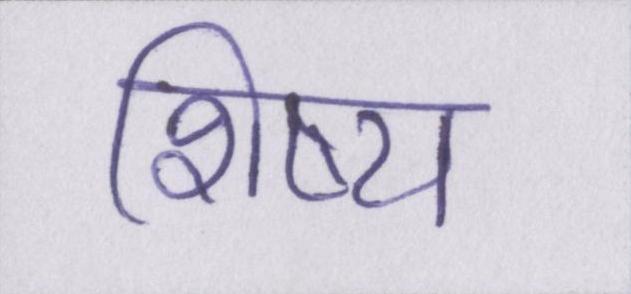
शिष्य